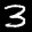
Label: 3